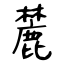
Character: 麓